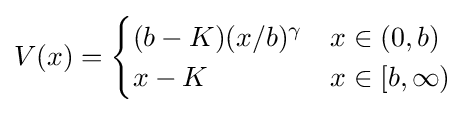
V(x)={\begin{cases}(b-K)(x/b)^{\gamma }&x\in (0,b)\\x-K&x\in [b,\infty )\end{cases}}